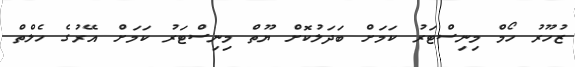
ޒުހޫރު ހޯމް މިނިސްޓަރު ކަމަށް ބަދަލުކޮށް ޔޫތް މިނިސްޓަރު ކަމަށް އޭރުގެ ހެލްތް